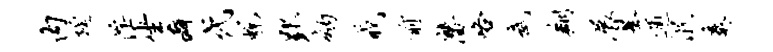
内廷淫坐癖代蜕郢纳戒前潜咯武翔展基逋泯奏